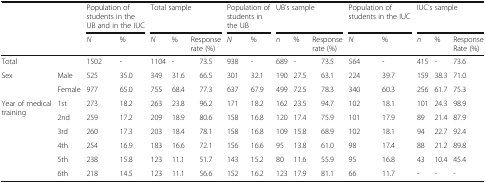
<table><thead><tr><td rowspan="2" colspan="2"></td><td colspan="2"><b>Population of students in the UB and in the IUC</b></td><td colspan="3"><b>Total sample</b></td><td colspan="2"><b>Population of students in the UB</b></td><td colspan="3"><b>UB’s sample</b></td><td colspan="2"><b>Population of students in the IUC</b></td><td colspan="3"><b>IUC’s sample</b></td></tr><tr><td><b><i>N</i></b></td><td><b>%</b></td><td><b><i>N</i></b></td><td><b>%</b></td><td><b>Response rate (%)</b></td><td><b><i>N</i></b></td><td><b>%</b></td><td><b><i>n</i></b></td><td><b>%</b></td><td><b>Response rate (%)</b></td><td><b><i>N</i></b></td><td><b>%</b></td><td><b><i>n</i></b></td><td><b>%</b></td><td><b>Response Rate (%)</b></td></tr></thead><tbody><tr><td>Total</td><td></td><td>1502</td><td>-</td><td>1104</td><td>-</td><td>73.5</td><td>938</td><td>-</td><td>689</td><td>-</td><td>73.5</td><td>564</td><td>-</td><td>415</td><td>-</td><td>73.6</td></tr><tr><td rowspan="2">Sex</td><td>Male</td><td>525</td><td>35.0</td><td>349</td><td>31.6</td><td>66.5</td><td>301</td><td>32.1</td><td>190</td><td>27.5</td><td>63.1</td><td>224</td><td>39.7</td><td>159</td><td>38.3</td><td>71.0</td></tr><tr><td>Female</td><td>977</td><td>65.0</td><td>755</td><td>68.4</td><td>77.3</td><td>637</td><td>67.9</td><td>499</td><td>72.5</td><td>78.3</td><td>340</td><td>60.3</td><td>256</td><td>61.7</td><td>75.3</td></tr><tr><td rowspan="6">Year of medical training</td><td>1st</td><td>273</td><td>18.2</td><td>263</td><td>23.8</td><td>96.2</td><td>171</td><td>18.2</td><td>162</td><td>23.5</td><td>94.7</td><td>102</td><td>18.1</td><td>101</td><td>24.3</td><td>98.9</td></tr><tr><td>2nd</td><td>259</td><td>17.2</td><td>209</td><td>18.9</td><td>80.6</td><td>158</td><td>16.8</td><td>120</td><td>17.4</td><td>75.9</td><td>101</td><td>17.9</td><td>89</td><td>21.4</td><td>87.9</td></tr><tr><td>3rd</td><td>260</td><td>17.3</td><td>203</td><td>18.4</td><td>78.1</td><td>158</td><td>16.8</td><td>109</td><td>15.8</td><td>68.9</td><td>102</td><td>18.1</td><td>94</td><td>22.7</td><td>92.4</td></tr><tr><td>4th</td><td>254</td><td>16.9</td><td>183</td><td>16.6</td><td>72.1</td><td>156</td><td>16.6</td><td>95</td><td>13.8</td><td>61.0</td><td>98</td><td>17.4</td><td>88</td><td>21.2</td><td>89.8</td></tr><tr><td>5th</td><td>238</td><td>15.8</td><td>123</td><td>11.1</td><td>51.7</td><td>143</td><td>15.2</td><td>80</td><td>11.6</td><td>55.9</td><td>95</td><td>16.8</td><td>43</td><td>10.4</td><td>45.4</td></tr><tr><td>6th</td><td>218</td><td>14.5</td><td>123</td><td>11.1</td><td>56.6</td><td>152</td><td>16.2</td><td>123</td><td>17.9</td><td>81.1</td><td>66</td><td>11.7</td><td>-</td><td>-</td><td>-</td></tr></tbody></table>